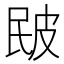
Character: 𤿕